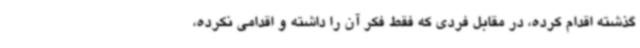
گذشته اقدام کرده، در مقابل فردی که فقط فکر آن را داشته و اقدامی نکرده،